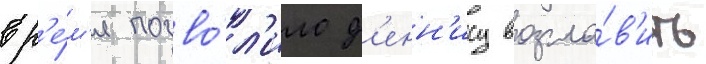
вр'е́м'я позво́л'ило д'енн'ису возгла́в'ить